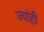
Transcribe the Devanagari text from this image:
ज्यांही